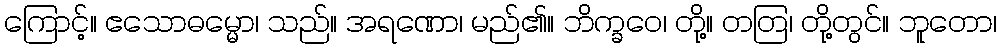
ကြောင့်။ ဧသောဓမ္မော၊ သည်။ အရဏော၊ မည်၏။ ဘိက္ခဝေ၊ တို့။ တတြ၊ တို့တွင်။ ဘူတော၊